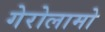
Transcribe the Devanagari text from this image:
गेरोलामो